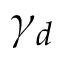
\gamma _ { d }